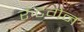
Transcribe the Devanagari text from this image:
रुंटगेन